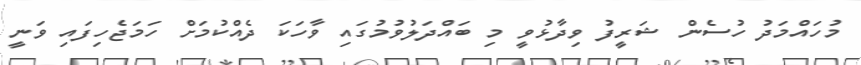
މުހައްމަދު ހުސެން ޝަރީފު ވިދާޅުވީ މި ބައްދަލުވުމުގައި ވާހަކަ ދެއްކުމަށް ހަމަޖެހިފައި ވަނީ